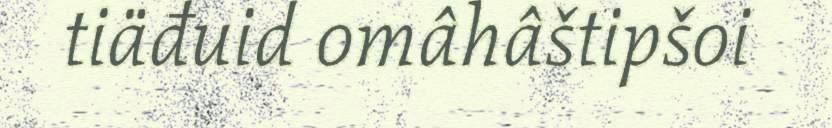
tiäđuid omâhâštipšoi